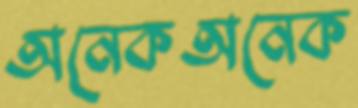
অনেকঅনেক